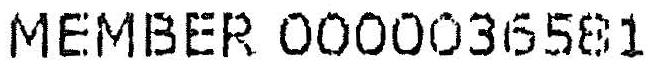
MEMBER 0000036581